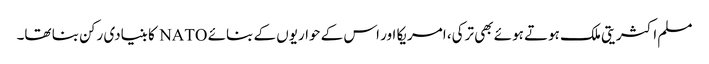
مسلم اکثریتی ملک ہوتے ہوئے بھی ترکی، امریکا اور اس کے حواریوں کے بنائے NATO کا بنیادی رکن بنا تھا۔